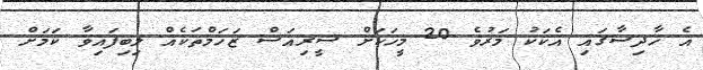
އެ ހާދިސާގައި އެކަކު މަރުވެ 20 މީހަކަށް ސީރިއަސް ޒަހަމްތަކެއް ލިބިފައިވާ ކަމަށް